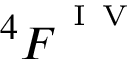
^ 4 { \cal F } ^ { ^ { \mathrm { ~ I ~ V ~ } } }